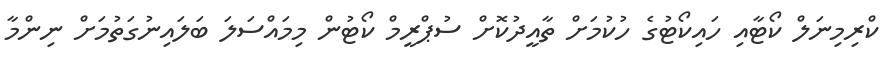
ކްރިމިނަލް ކޯޓާއި ހައިކޯޓުގެ ހުކުމަށް ތާއީދުކޮށް ސުޕްރީމް ކޯޓުން މިމައްސަލަ ބަލައިނުގަތުމަށް ނިންމާ